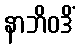
နာဘိဝဒိံ